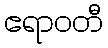
ဧရာဝတီ